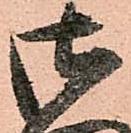
御